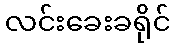
လင်းခေးခရိုင်